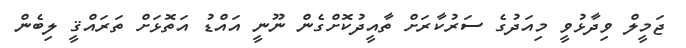
ޖަމީލް ވިދާޅުވީ މިއަދުގެ ސަރުކާރަށް ތާއީދުކޮށްގެން ނޫނީ އައްޑު އަތޮޅަށް ތަރައްޤީ ލިބެން